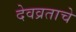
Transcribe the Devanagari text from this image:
देवव्रताचे